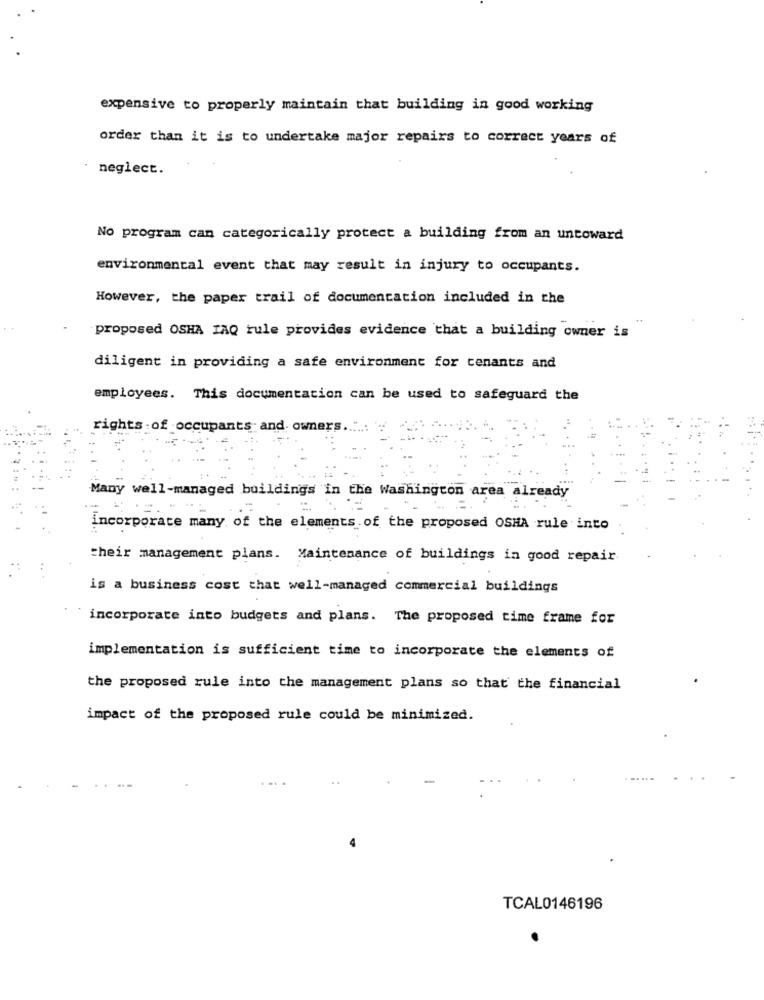
expensive to properly maintain that building in good working
order than it is to undertake major repairs to correct years of
neglect.
No program can categorically protect a building from an untoward
environmental event that may result in injury to occupants.
However, the paper trail of documentation included in the
proposed OSHA JAQ rule provides evidence that a building owner is
diligent in providing a safe environment for tenants and
employees. This documentation can be used to safeguard the
rights -of -occupants and. owners ...
Many well-managed buildings in the Washington area already
incorporate many of the elements of the proposed OSHA rule into
their management plans. Maintenance of buildings in good repair
is a business cost that well-managed commercial buildings
incorporate into budgets and plans. The proposed time frame for
implementation is sufficient time to incorporate the elements of
the proposed rule into the management plans so that the financial
impact of the proposed rule could be minimized.
TCAL0146196